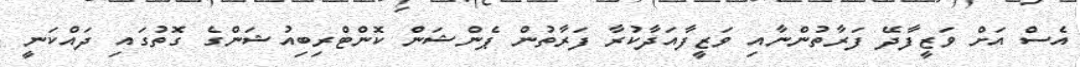
އެސް އަށް ވަޒީފާދޭ ފަރާތުންނާއި ވަޒީފާއަދާކުރާ ފަރާތުން ޕެންޝަން ކޮންޓްރިބިއުޝަންގެ ގޮތުގައި ދައްކަނީ